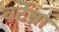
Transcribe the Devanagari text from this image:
वर्टेब्रा